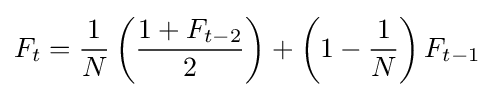
F_{t}={\frac {1}{N}}\left({\frac {1+F_{t-2}}{2}}\right)+\left(1-{\frac {1}{N}}\right)F_{t-1}